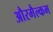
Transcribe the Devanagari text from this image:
औरमैल्कम